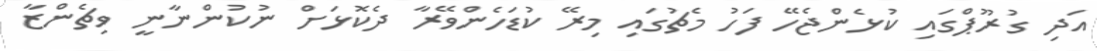
އަދި ގުރޫޕްގައި ކުޅެންޖެހޭ ފަހު މެޗުގައި މިރޭ ކުޑަހެންވޭރާ ދެކޮޅަށް ނުކުންނާނީ ވިޗެންޒާ